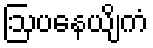
ဩပနေယျိကံ